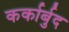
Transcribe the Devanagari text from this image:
कर्कार्बुद